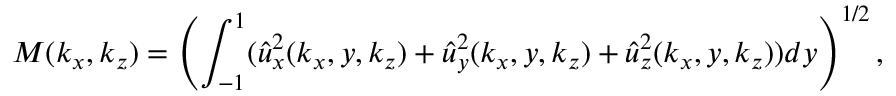
M ( k _ { x } , k _ { z } ) = \left( \int _ { - 1 } ^ { 1 } ( \hat { u } _ { x } ^ { 2 } ( k _ { x } , y , k _ { z } ) + \hat { u } _ { y } ^ { 2 } ( k _ { x } , y , k _ { z } ) + \hat { u } _ { z } ^ { 2 } ( k _ { x } , y , k _ { z } ) ) d y \right) ^ { 1 / 2 } ,